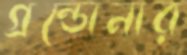
গ্রন্ডোনার